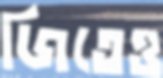
জিতেও